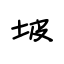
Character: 坡